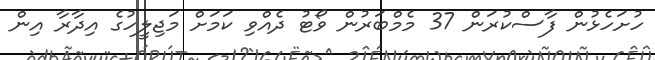
ހުށަހެޅުން ފާސްކުރަން 37 މެމްބަރުން ވޯޓު ދެއްވި ކަމަށް މަޖިލީހުގެ އިދާރާ އިން